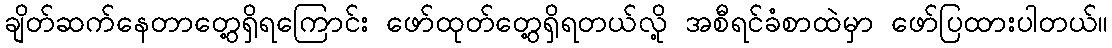
ချိတ်ဆက်နေတာတွေ့ရှိရကြောင်း ဖော်ထုတ်တွေ့ရှိရတယ်လို့ အစီရင်ခံစာထဲမှာ ဖော်ပြထားပါတယ်။